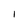
Character: l